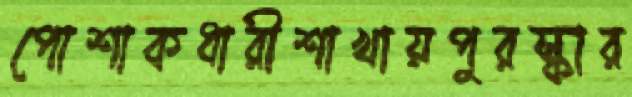
পোশাকধারীশাখায়পুরস্কার